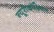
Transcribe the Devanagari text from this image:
न्यूरोकॉग्निशन